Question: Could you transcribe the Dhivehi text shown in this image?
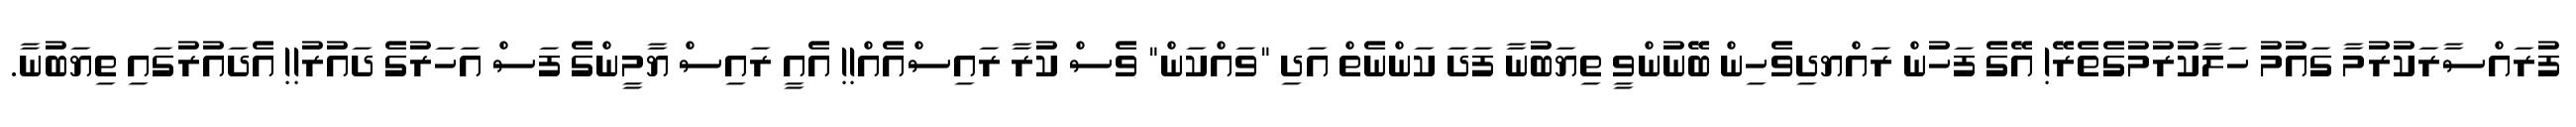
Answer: ފުރައްސާރަކުރުމާ ގައުމު ހަލާކުރުމުގެތެރޭ! އޭގެ ފަހުން ރައްޔދިވެހިން ބޭނުންވީ ތިޔަބުނާ ފަދަ ކަންނެތް އަދި "ވައްކަން" ވެސް ކުރާ ރައިސްއެއް!! އެއީ ރައިސް ޔާމީންގެ ފަސް އަހަރުގެ ދައުރު!! އެދައުރުގައި ތިޔަބުނާ.